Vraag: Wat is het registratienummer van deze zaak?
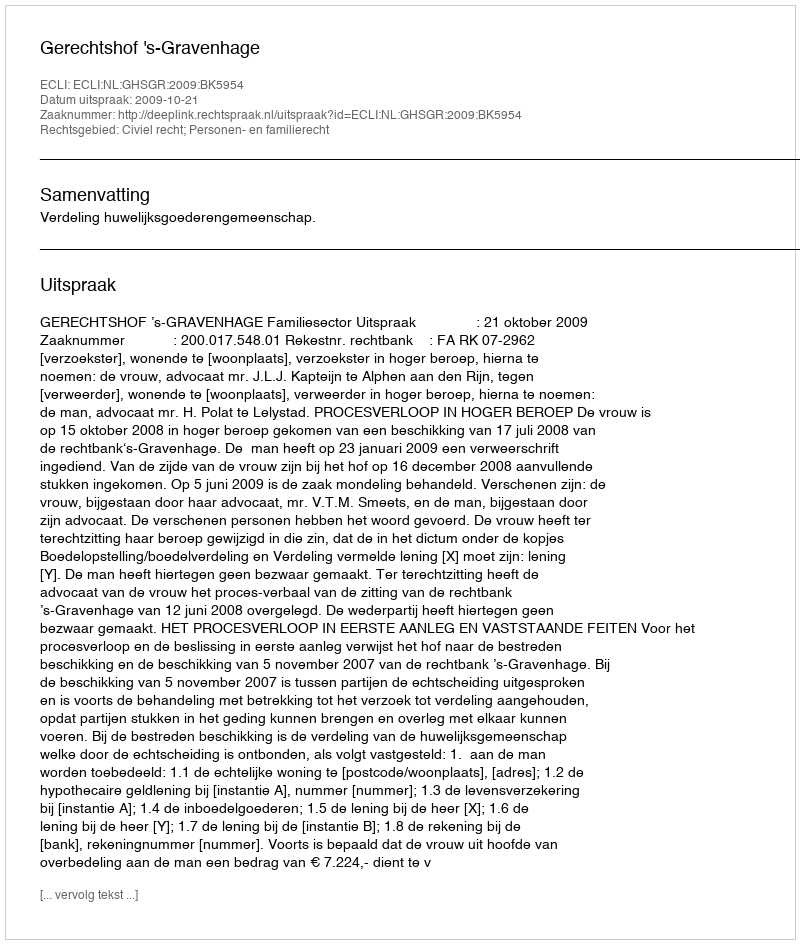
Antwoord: http://deeplink.rechtspraak.nl/uitspraak?id=ECLI:NL:GHSGR:2009:BK5954